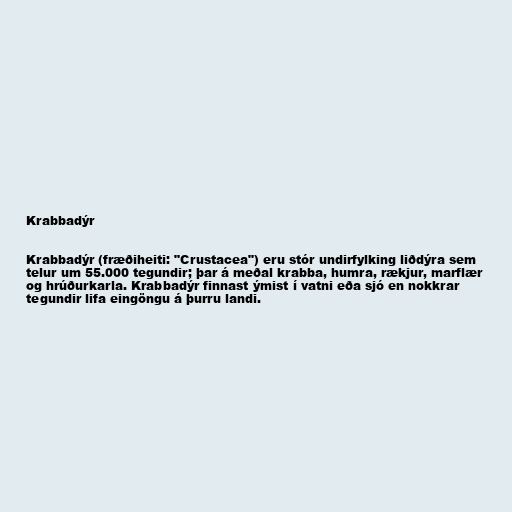
Krabbadýr

Krabbadýr (fræðiheiti: "Crustacea") eru stór undirfylking liðdýra sem
telur um 55.000 tegundir; þar á meðal krabba, humra, rækjur, marflær
og hrúðurkarla. Krabbadýr finnast ýmist í vatni eða sjó en nokkrar
tegundir lifa eingöngu á þurru landi.